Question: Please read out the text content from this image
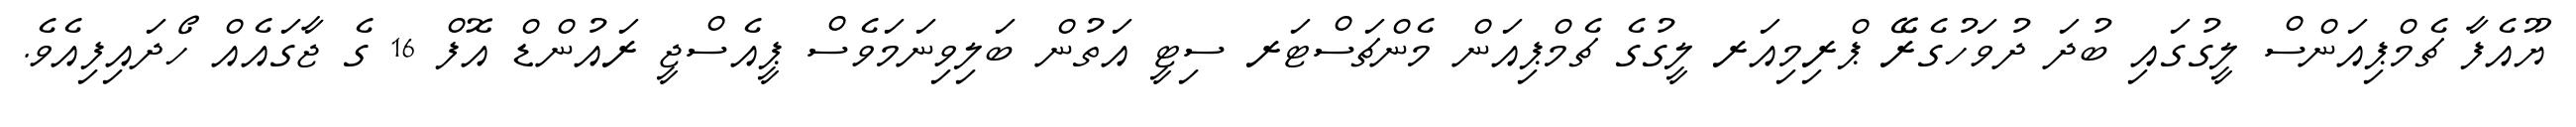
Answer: ޔޫއެފާ ޗެމްޕިއަންސް ލީގުގައި ބުދަ ދުވަހުގެރޭ ޕްރިމިއަރ ލީގުގެ ޗެމްޕިއަން މެންޗަސްޓަރ ސިޓީ އަތުން ބަލިވިނަމަވެސް ޕީއެސްޖީ ރައުންޑް އޮފް 16 ގެ ޖާގައެއް ހޯދައިފިއެވެ.